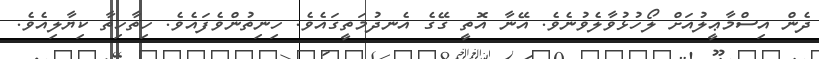
ދެން އިސްމާޢީލުއަށް ލޯހުޅުވާލެވުނެވެ. އޭނާ އޮތީ ގޭގެ އެނދުމަތީގައެވެ. ހިނިތުންވެފައެވެ. ހިތާހިތާ ކިޔާލިއެވެ.